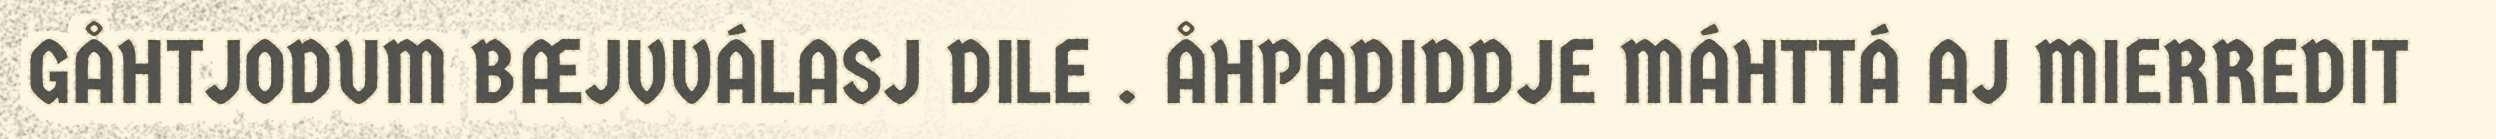
GÅHTJODUM BÆJVVÁLASJ DILE . ÅHPADIDDJE MÁHTTÁ AJ MIERREDIT